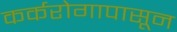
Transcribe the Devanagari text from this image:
कर्करोगापासून